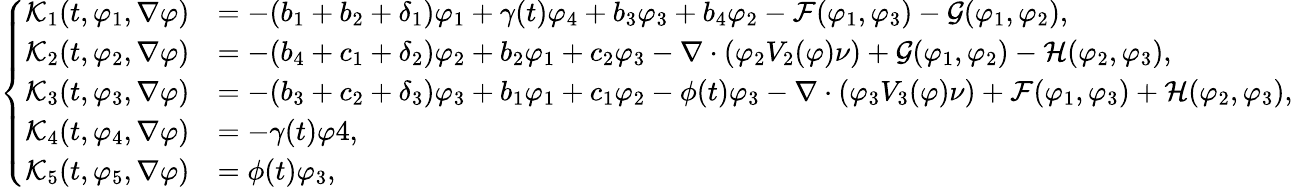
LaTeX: \left\{ \begin{array}{rl}{\mathcal{K}_{1}(t,\varphi_{1},\nabla\varphi)}&{=-(b_{1}+b_{2}+\delta_{1})\varphi_{1}+\gamma(t)\varphi_{4}+b_{3}\varphi_{3}+b_{4}\varphi_{2}-\mathcal{F}(\varphi_{1},\varphi_{3})-\mathcal{G}(\varphi_{1},\varphi_{2}),}\\ {\mathcal{K}_{2}(t,\varphi_{2},\nabla\varphi)}&{=-(b_{4}+c_{1}+\delta_{2})\varphi_{2}+b_{2}\varphi_{1}+c_{2}\varphi_{3}-\nabla\cdot(\varphi_{2}V_{2}(\varphi)\nu)+\mathcal{G}(\varphi_{1},\varphi_{2})-\mathcal{H}(\varphi_{2},\varphi_{3}),}\\ {\mathcal{K}_{3}(t,\varphi_{3},\nabla\varphi)}&{=-(b_{3}+c_{2}+\delta_{3})\varphi_{3}+b_{1}\varphi_{1}+c_{1}\varphi_{2}-\phi(t)\varphi_{3}-\nabla\cdot(\varphi_{3}V_{3}(\varphi)\nu)+\mathcal{F}(\varphi_{1},\varphi_{3})+\mathcal{H}(\varphi_{2},\varphi_{3}),}\\ {\mathcal{K}_{4}(t,\varphi_{4},\nabla\varphi)}&{=-\gamma(t)\varphi 4,}\\ {\mathcal{K}_{5}(t,\varphi_{5},\nabla\varphi)}&{=\phi(t)\varphi_{3},}\end{array}\right.